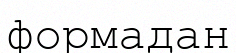
формадан